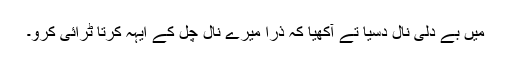
میں بے دلی نال دسیا تے آکھیا کہ ذرا میرے نال چل کے ایہہ کُرتا ٹرائی کرو۔